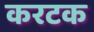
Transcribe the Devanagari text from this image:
करटक